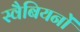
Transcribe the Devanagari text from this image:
स्वैबियनों